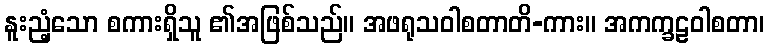
နူးညံ့သော စကားရှိသူ ၏အဖြစ်သည်။ အဖရုသဝါစတာတိ-ကား။ အကက္ခဠဝါစတာ၊